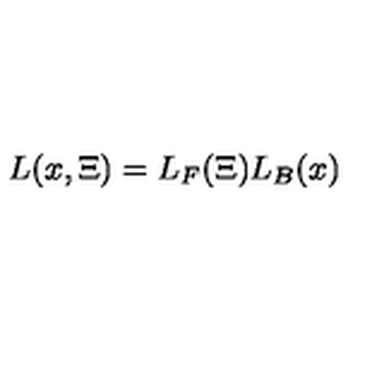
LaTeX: L ( x , \Xi ) = L _ { F } ( \Xi ) L _ { B } ( x )